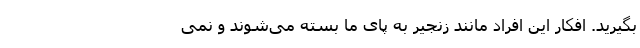
بگیرید. افکار این افراد مانند زنجیر به پای ما بسته می‌شوند و نمی‌